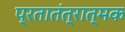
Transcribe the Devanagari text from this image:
प्रतातंत्रात्मक